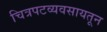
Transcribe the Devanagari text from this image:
चित्रपटव्यवसायतून